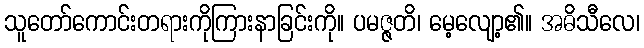
သူတော်ကောင်းတရားကိုကြားနာခြင်းကို။ ပမဇ္ဇတိ၊ မေ့လျော့၏။ အဓိသီလေ၊